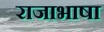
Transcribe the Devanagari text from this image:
राजाभाषा